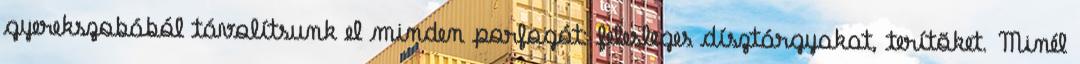
gyerekszobából távolítsunk el minden porfogót: felesleges dísztárgyakat, terítõket. Minél